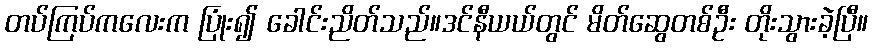
တပ်ကြပ်ကလေးက ပြုံး၍ ခေါင်းညိတ်သည်။ဒင်နီယယ်တွင် မိတ်ဆွေတစ်ဦး တိုးသွားခဲ့ပြီ။